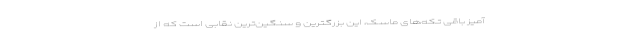
آمیز باقی تکه‌های ماسک، این بزرگترین و سنگین‌ترین نقابی است که از